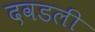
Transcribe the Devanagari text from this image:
दवडली